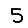
Digit: 5